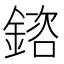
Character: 𨩲